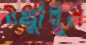
ওথ্‌লালুম